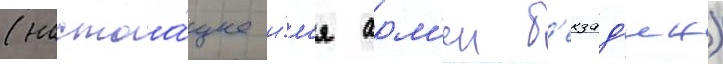
(настоа́щее и́м'я арм'ен б'екзад'ян)